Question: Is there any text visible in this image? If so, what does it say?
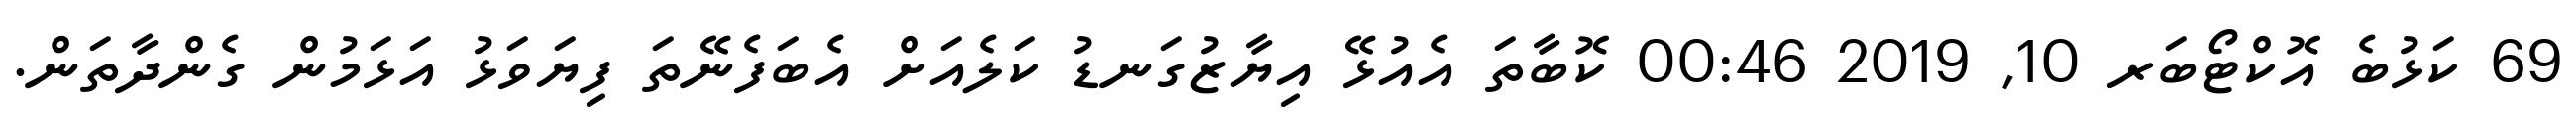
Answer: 69 ކަޅުބެ އޮކްޓޯބަރ 10, 2019 00:46 ކޮބާތަ އެއުޅޭ އިޔާޒުގަނޑު ކަލެއަށް އެބަފެނޭތަ ފިޔަވަޅު އަޅަމުން ގެންދާތަން.